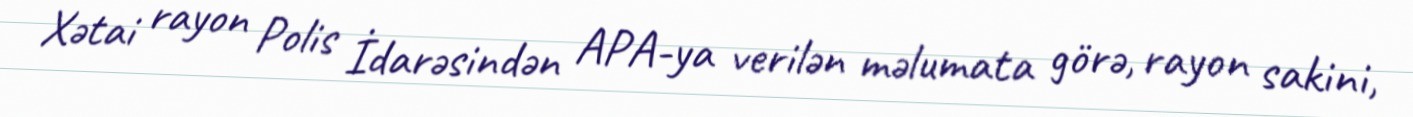
Xətai rayon Polis İdarəsindən APA-ya verilən məlumata görə, rayon sakini,